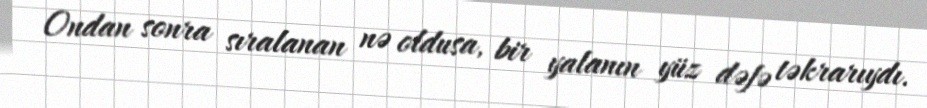
Ondan sonra sıralanan nə oldusa, bir yalanın yüz dəfə təkrarıydı.